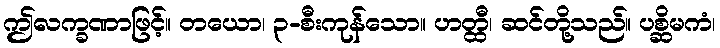
ဤလက္ခဏာဖြင့်။ တယော၊ ၃-စီးကုန်သော။ ဟတ္ထီ၊ ဆင်တို့သည်။ ပစ္ဆိမကံ၊